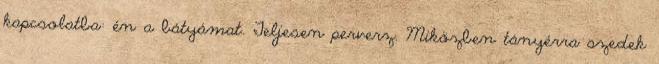
kapcsolatba: én a bátyámat. Teljesen perverz. Miközben tányérra szedek